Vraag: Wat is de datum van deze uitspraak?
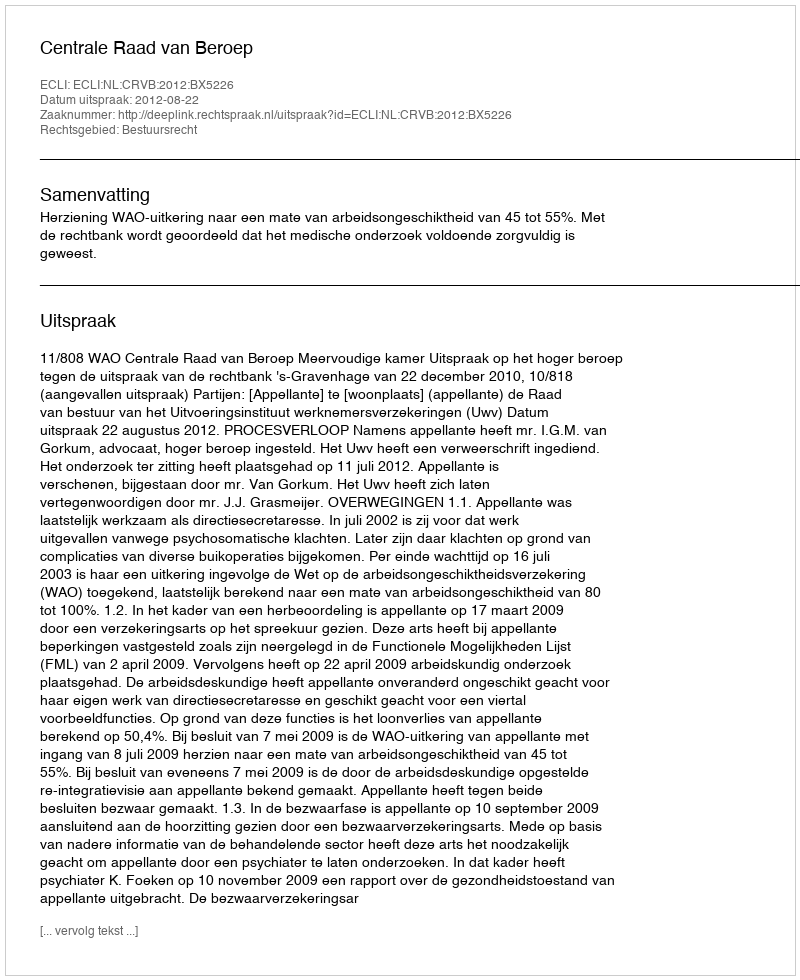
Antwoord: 2012-08-22